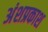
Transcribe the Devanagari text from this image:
अंशप्रकाश